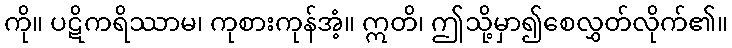
ကို။ ပဋိကရိဿာမ၊ ကုစားကုန်အံ့။ ဣတိ၊ ဤသို့မှာ၍စေလွှတ်လိုက်၏။